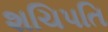
શચિપતિ